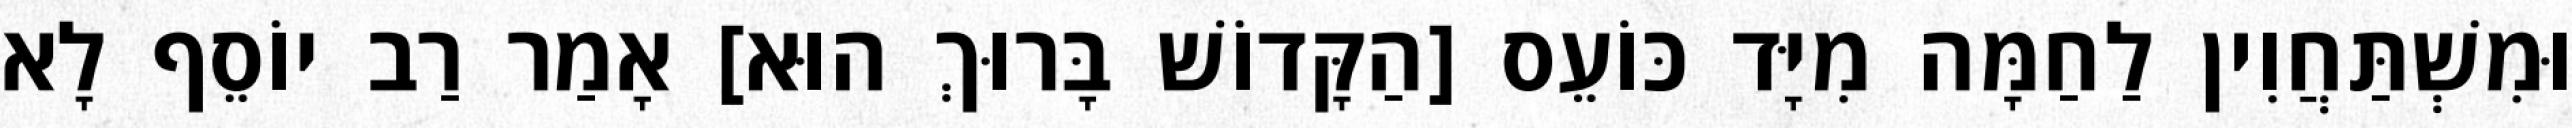
וּמִשְׁתַּחֲוִין לַחַמָּה מִיָּד כּוֹעֵס [הַקָּדוֹשׁ בָּרוּךְ הוּא] אָמַר רַב יוֹסֵף לָא